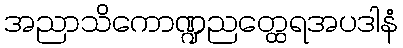
အညာသိကောဏ္ဍညတ္ထေရအပဒါနံ